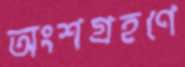
অংশগ্রহণে